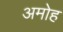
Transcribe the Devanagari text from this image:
अमोह